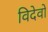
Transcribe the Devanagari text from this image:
विदेवो